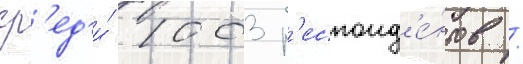
ср'ед'и́ 1003 р'еспонд'е́нтов /